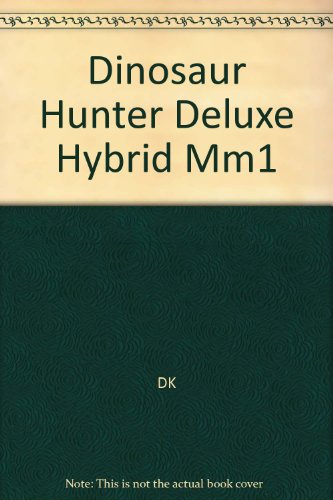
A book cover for Dinosaur Hunter Deluxe Hybrid Mm1; DK Publishing; Children's Books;